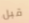
قبل